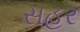
સહર